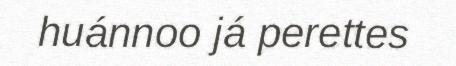
huánnoo já perettes